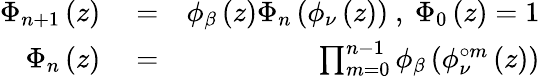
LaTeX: \begin{array}{rlr}{\Phi_{n+1}\left(z\right)}&{{}=}&{\phi_{\beta}\left(z\right)\Phi_{n}\left(\phi_{\nu}\left(z\right)\right)\mathrm{~,~}\Phi_{0}\left(z\right)=1}\\ {\Phi_{n}\left(z\right)}&{{}=}&{\prod_{m=0}^{n-1}\phi_{\beta}\left(\phi_{\nu}^{\circ m}\left(z\right)\right)}\end{array}